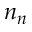
n _ { n }